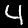
Digit: 4